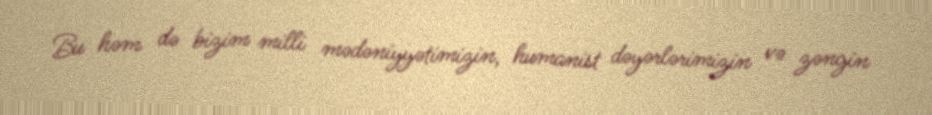
Bu həm də bizim milli mədəniyyətimizin, humanist dəyərlərimizin və zəngin